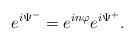
LaTeX: \begin{align*}e^{i \Psi^{-}}=e^{i n \varphi}e^{i \Psi^{+}}.\end{align*}